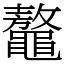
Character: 鼇